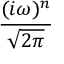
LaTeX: \frac { ( i \omega ) ^ { n } } { \sqrt { 2 \pi } }